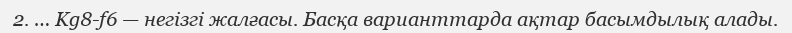
2. … Kg8-f6 — негізгі жалғасы. Басқа варианттарда ақтар басымдылық алады.